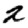
Digit: 2